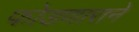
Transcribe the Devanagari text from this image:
फोडणाराने